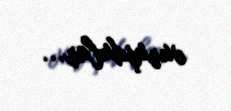
vuruşdular...